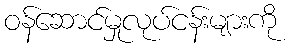
ဝန်ဆောင်မှုလုပ်ငန်းများကို